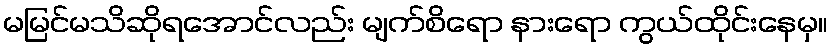
မမြင်မသိဆိုရအောင်လည်း မျက်စိရော နားရော ကွယ်ထိုင်းနေမှ။